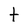
Character: t